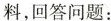
料，回答问题：